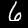
Label: 6